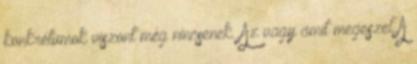
konkrétumok viszont még nincsenek. Az vagy amit megeszel A